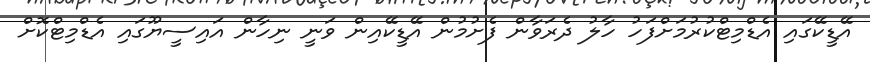
އޭޑީކޭގައި އެޑްމިޓްކުރުމަށްފަހު ހާލު ދެރަވާން ފެށުމުން އޭޑީކޭއިން ވަނީ ނިހާން އައިސީޔޫގައި އެޑްމިޓްކޮށް